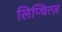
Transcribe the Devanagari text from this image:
लिप्चित्ज़